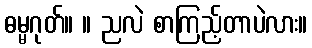
ဓမ္မဂုတ်။ ။ ညလဲ စာကြည့်တာပဲလား။